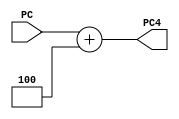
`timescale 1ns / 1ps

module PCSrc0(
    input[31:0] PC,
    output [31:0] PC4
    );
    
    assign PC4=PC+4;
    
endmodule